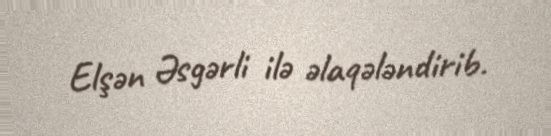
Elşən Əsgərli ilə əlaqələndirib.